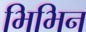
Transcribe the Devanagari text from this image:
भिभिन